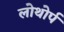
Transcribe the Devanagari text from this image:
लोथोर्प